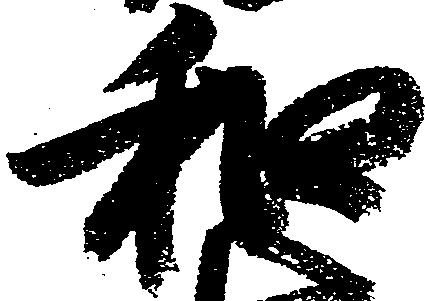
和